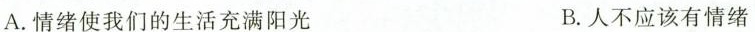
A.情绪使我们的生活充满阳光 B.人不应该有情绪